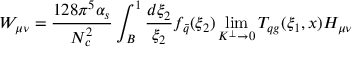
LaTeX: W _ { \mu \nu } = \frac { 1 2 8 \pi ^ { 5 } \alpha _ { s } } { N _ { c } ^ { 2 } } \int _ { B } ^ { 1 } \frac { d { \xi _ { 2 } } } { \xi _ { 2 } } f _ { \bar { q } } ( \xi _ { 2 } ) \operatorname * { l i m } _ { K ^ { \perp } \rightarrow 0 } T _ { q g } ( \xi _ { 1 } , x ) H _ { \mu \nu }